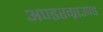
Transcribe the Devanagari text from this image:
अण्डरग्राउण्ड